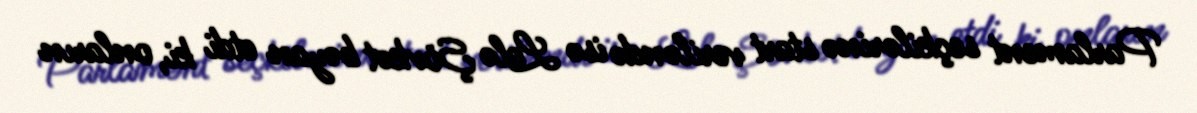
Parlament seçkilərinə start veriləndə isə Lalə Şövkət bəyan etdi ki, onların